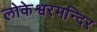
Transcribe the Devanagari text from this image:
लोकेश्वरमन्दिर